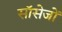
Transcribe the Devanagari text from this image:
सॉसेजों